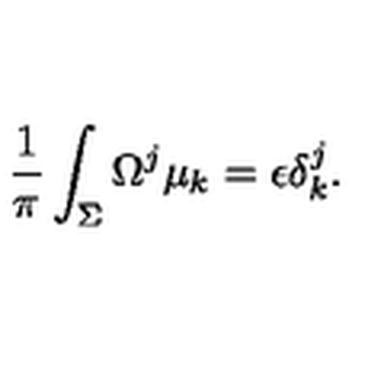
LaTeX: { \frac { 1 } { \pi } } \int _ { \Sigma } \Omega ^ { j } \mu _ { k } = \epsilon \delta _ { k } ^ { j } .